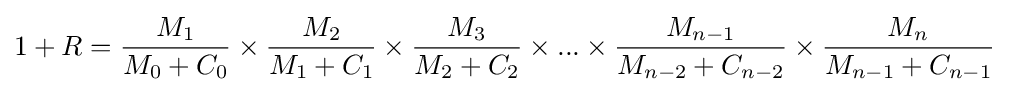
1+R={\frac {M_{1}}{M_{0}+C_{0}}}\times {\frac {M_{2}}{M_{1}+C_{1}}}\times {\frac {M_{3}}{M_{2}+C_{2}}}\times ...\times {\frac {M_{n-1}}{M_{n-2}+C_{n-2}}}\times {\frac {M_{n}}{M_{n-1}+C_{n-1}}}